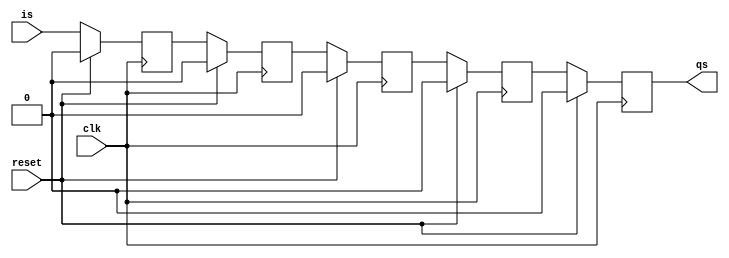
module wdelay
  #(parameter LEN = 5)
   (input reset,
    input  clk,
    input  is,
    output qs);

   reg [LEN-1:0] r;
   wire [LEN-1:0] nextr;

   genvar	  i;
   generate
      for (i=0; i<LEN; i = i + 1) begin : delayarray
	 always @(posedge clk)
	      if (reset == 1'b1)
		r[i] <= 1'b0;
	      else
		r[i] <= nextr[i];

	 if (i == 0)
	   assign nextr[i] = is;
	 else
	   assign nextr[i] = r[i-1];
      end
   endgenerate

   assign qs = r[LEN-1];

endmodule